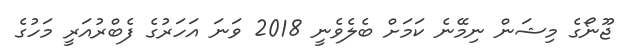
ޖޫނޯގެ މިޝަން ނިމޭނެ ކަމަށް ބެލެވެނީ 2018 ވަނަ އަހަރުގެ ފެބްރުއަރީ މަހުގެ